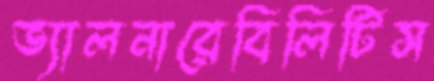
ভ্যালনারেবিলিটিস